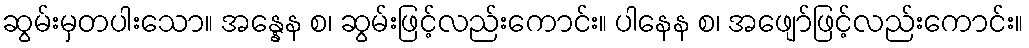
ဆွမ်းမှတပါးသော။ အန္နေန စ၊ ဆွမ်းဖြင့်လည်းကောင်း။ ပါနေန စ၊ အဖျော်ဖြင့်လည်းကောင်း။